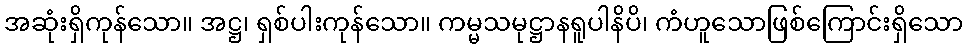
အဆုံးရှိကုန်သော။ အဋ္ဌ၊ ရှစ်ပါးကုန်သော။ ကမ္မသမုဋ္ဌာနရူပါနိပိ၊ ကံဟူသောဖြစ်ကြောင်းရှိသော